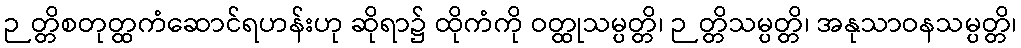
ဉတ္တိစတုတ္ထကံဆောင်ရဟန်းဟု ဆိုရာ၌ ထိုကံကို ဝတ္ထုသမ္ပတ္တိ၊ ဉတ္တိသမ္ပတ္တိ၊ အနုသာဝနသမ္ပတ္တိ၊